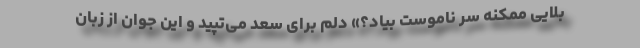
بلایی ممکنه سر ناموست بیاد؟» دلم برای سعد می‌تپید و این جوان از زبان